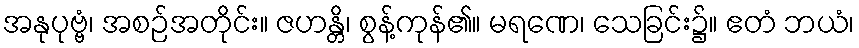
အနုပုဗ္ဗံ၊ အစဉ်အတိုင်း။ ဇဟန္တိ၊ စွန့်ကုန်၏။ မရဏေ၊ သေခြင်း၌။ ဧတံ ဘယံ၊